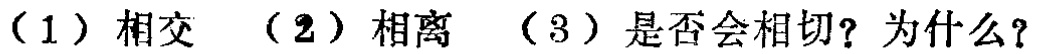
（1）相交 （2）相离 （3）是否会相切？为什么？